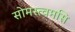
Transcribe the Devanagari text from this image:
सोमस्त्वमसि